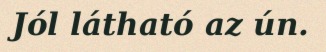
Jól látható az ún.